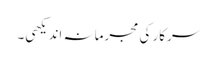
سرکار کی مجرمانہ اندیکھی۔